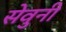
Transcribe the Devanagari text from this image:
सेवुनी